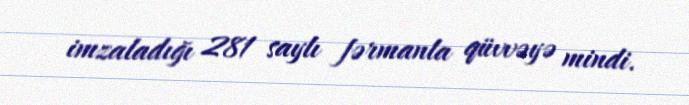
imzaladığı 281 saylı fərmanla qüvvəyə mindi.